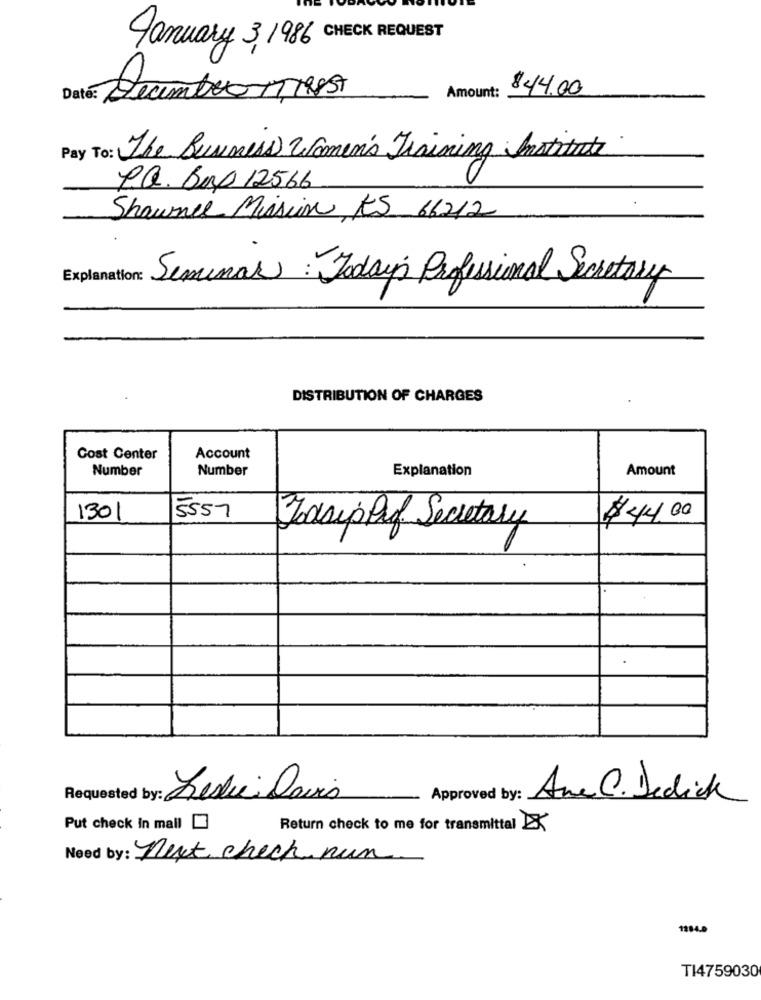
January 3, 1986 CHECK REQUEST
$44.00
Date:
DeumbroMIRA
Amount:
The Business Women's Training Institute
P.Q. Bop 12566
Shawnee Mission, KS 66212
Explanation:
Seminar: Today's Professional Secretary
DISTRIBUTION OF CHARGES
Cost Center
Account
Number
Number
Explanation
Amount
1301
5557
$44.00
Josip Pf Secretary
Requeste
Approved by:
Ana C. Dedick
Put check in mall
Return check to me for transmittal
Need by: next check nun
1104.0
TI4759030